Indian journal of veterinary science and animal husbandry - Volume 1,
Year: 1931
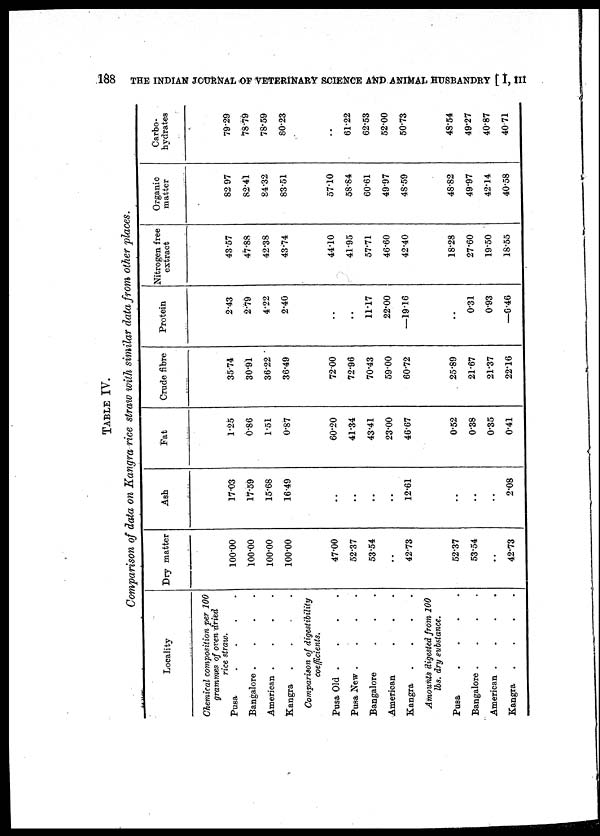
188
THE INDIAN JOURNAL OF VETERINARY SCIENCE AND ANIMAL HUSBANDRY [ I, III
TABLE IV.
Comparison of data on Kangra rice straw with similar data from other places.
Locality
Chemical composition per 100
grammes of oven dried
rice straw.
Pusa
....
Bangalore
....
American
....
Kangra
....
Comparison of digestibility
coefficients.
Pusa Old .
Pusa New
....
Bangalore
American
Kangra
....
Amounts digested from 100
lbs. dry substance.
Pusa
....
Bangalore
....
American
....
Kangra
....
Dry matter
100.00
100.00
100.00
100.00
47.00
52.37
53.54
..
42.73
52.37
53.54
..
42.73
Ash
17.03
17.59
15.68
16.49
..
..
..
..
12.61
..
..
..
2.08
Fat
1.25
0.86
1.51
0.87
60.20
41.34
43.41
23.00
46.67
0.52
0.38
0.35
0.41
Crude fibre
35.74
30.91
36.22
36.49
72.00
72.96
70.43
59.00
60.72
25.89
21.67
21.37
22.16
Protein
2.43
2.79
4.22
2.40
..
..
11.17
22.00
—19.16
..
0.31
0.93
—0.46
Nitrogen free
extract
43.57
47.88
42.38
43.74
44.10
41.95
57.71
46.60
42.40
18.28
27.60
19.50
18.55
Organic
matter
82.97
82.41
84.32
83.51
57.10
58.84
60.61
49.97
48.59
48.82
49.97
42.14
40.58
Carbo-
hydrates
79.29
78.79
78.59
80.23
..
61.22
62.53
52.00
50.73
48.54
49.27
40.87
40.71